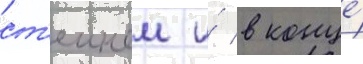
ст'еином и́ в конце́